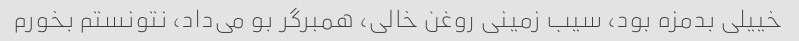
خییلی بدمزه بود، سیب زمینی روغن خالی، همبرگر بو می‌داد، نتونستم بخورم